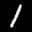
Label: 1